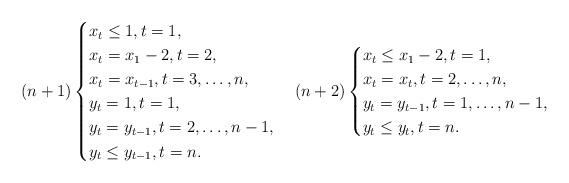
LaTeX: \begin{align*}(n+1) \begin{cases}x_{t}\leq 1, t=1,\\x_{t}=x_{1}-2,t=2,\\x_{t}=x_{t-1},t=3,\ldots,n,\\y_{t}=1,t=1,\\y_{t}=y_{t-1},t=2,\ldots,n-1,\\y_{t}\leq y_{t-1},t=n.\\\end{cases}(n+2) \begin{cases}x_{t}\leq x_{1}-2, t=1,\\x_{t}=x_{t},t=2,\ldots,n,\\ y_{t}=y_{t-1},t=1,\ldots,n-1,\\y_{t}\leq y_{t},t=n.\\\end{cases}\end{align*}